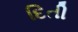
દિતી